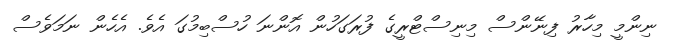
ނިންމީ މިިހާރު ފިނޭންސް މިނިސްޓްރީގެ ފުރަގަހުން އޮންނަ ހުސްބިމުގަ އެވެ. އެހެން ނަމަވެސް